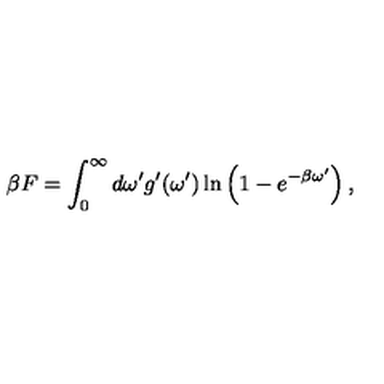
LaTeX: \beta F = \int _ { 0 } ^ { \infty } d \omega ^ { \prime } g ^ { \prime } ( \omega ^ { \prime } ) \ln \left( 1 - e ^ { - \beta \omega ^ { \prime } } \right) ,